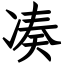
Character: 凑